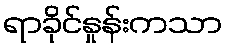
ရာခိုင်နှုန်းကသာ